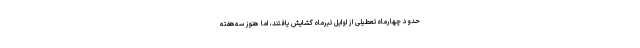
حدود چهارماه تعطیلی از اوایل تیرماه گشایش یافتند، اما هنوز سه‌هفته